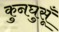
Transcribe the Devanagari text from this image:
कुनघुसूँ